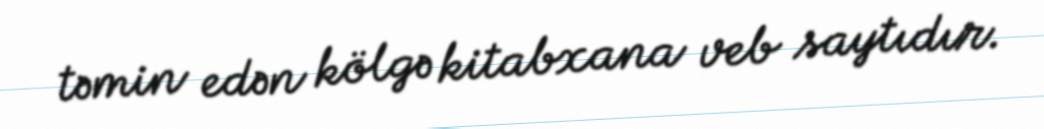
təmin edən kölgə kitabxana veb saytıdır.